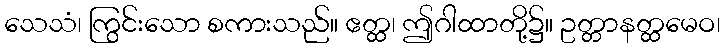
သေသံ၊ ကြွင်းသော စကားသည်။ ဧတ္ထ၊ ဤဂါထာတို့၌။ ဥတ္တာနတ္ထမေဝ၊